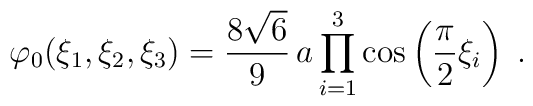
\varphi_0(\xi_1,\xi_2,\xi_3)=\frac{8\sqrt{6}}{9}\,a\prod_{i=1}^{3}\cos\left(\frac{\pi}{2}\xi_i\right)\;.